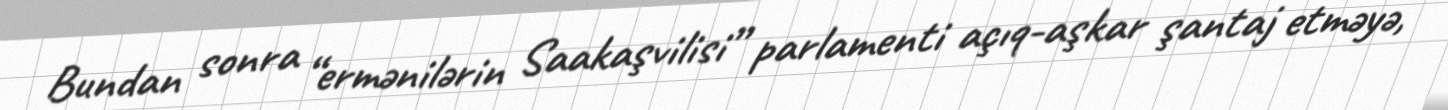
Bundan sonra “ermənilərin Saakaşvilisi” parlamenti açıq-aşkar şantaj etməyə,